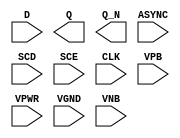
module sky130_fd_sc_lp__sregsbp (
    //# {{data|Data Signals}}
    input  D    ,
    output Q    ,
    output Q_N  ,

    //# {{scanchain|Scan Chain}}
    input  ASYNC,
    input  SCD  ,
    input  SCE  ,

    //# {{clocks|Clocking}}
    input  CLK  ,

    //# {{power|Power}}
    input  VPB  ,
    input  VPWR ,
    input  VGND ,
    input  VNB
);
endmodule